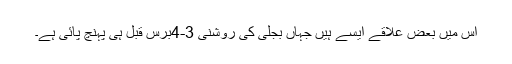
اس میں بعض علاقے ایسے ہیں جہاں بجلی کی روشنی 3-4برس قبل ہی پہنچ پائی ہے۔